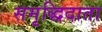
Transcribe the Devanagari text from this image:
समृद्धिदाता